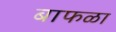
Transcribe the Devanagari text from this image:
बाफळा